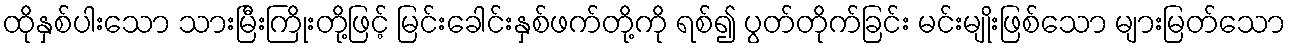
ထိုနှစ်ပါးသော သားမြီးကြိုးတို့ဖြင့် မြင်းခေါင်းနှစ်ဖက်တို့ကို ရစ်၍ ပွတ်တိုက်ခြင်း မင်းမျိုးဖြစ်သော များမြတ်သော